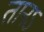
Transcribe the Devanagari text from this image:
तानऽ